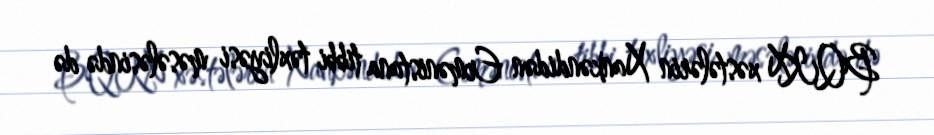
BQKX xəstələrin Xankəndidən Ermənistana tibbi təxliyəsi məsələsində də